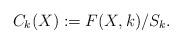
LaTeX: \begin{align*}C_k(X):=F(X,k)/S_k.\end{align*}